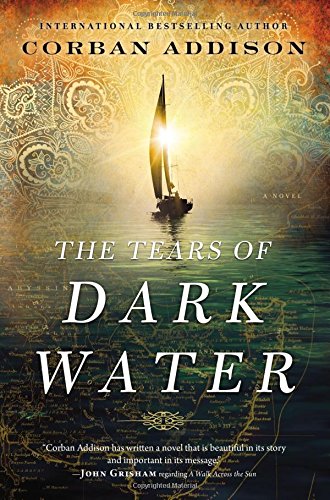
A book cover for The Tears of Dark Water; Corban Addison; Mystery, Thriller & Suspense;